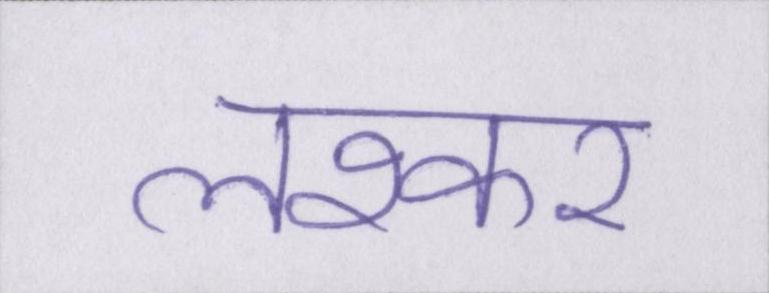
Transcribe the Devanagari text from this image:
लश्कर